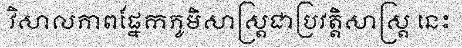
វិសាលភាពផ្នែកភូមិសាស្ត្រជាប្រវត្តិសាស្ត្រ នេះ